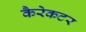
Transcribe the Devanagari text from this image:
कैरेकटर